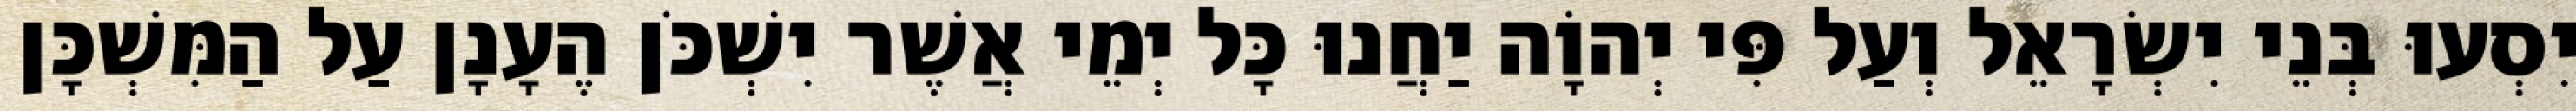
יִסְעוּ בְּנֵי יִשְׂרָאֵל וְעַל פִּי יְהוָֹה יַחֲנוּ כָּל יְמֵי אֲשֶׁר יִשְׁכֹּן הֶעָנָן עַל הַמִּשְׁכָּן